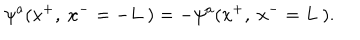
\psi ^ { a } ( x ^ { + } , ~ x ^ { - } = - L ~ ) = - \psi ^ { a } ( x ^ { + } , ~ x ^ { - } = L ~ ) .